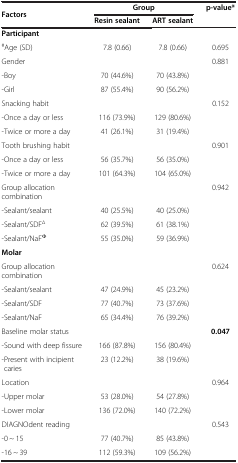
<table><thead><tr><td><b>Factors</b></td><td colspan="2"><b>Group</b></td><td><b>p-value*</b></td></tr><tr><td><b> </b></td><td><b>Resin sealant</b></td><td><b>ART sealant</b></td><td><b> </b></td></tr></thead><tbody><tr><td><b>Participant</b></td><td> </td><td> </td><td> </td></tr><tr><td><sup>#</sup>Age (SD)</td><td>7.8 (0.66)</td><td>7.8 (0.66)</td><td>0.695</td></tr><tr><td>Gender</td><td> </td><td> </td><td>0.881</td></tr><tr><td>-Boy</td><td>70 (44.6%)</td><td>70 (43.8%)</td><td> </td></tr><tr><td>-Girl</td><td>87 (55.4%)</td><td>90 (56.2%)</td><td> </td></tr><tr><td>Snacking habit</td><td> </td><td> </td><td>0.152</td></tr><tr><td>-Once a day or less</td><td>116 (73.9%)</td><td>129 (80.6%)</td><td> </td></tr><tr><td>-Twice or more a day</td><td>41 (26.1%)</td><td>31 (19.4%)</td><td> </td></tr><tr><td>Tooth brushing habit</td><td> </td><td> </td><td>0.901</td></tr><tr><td>-Once a day or less</td><td>56 (35.7%)</td><td>56 (35.0%)</td><td> </td></tr><tr><td>-Twice or more a day</td><td>101 (64.3%)</td><td>104 (65.0%)</td><td> </td></tr><tr><td>Group allocation combination</td><td> </td><td> </td><td>0.942</td></tr><tr><td>-Sealant/sealant</td><td>40 (25.5%)</td><td>40 (25.0%)</td><td> </td></tr><tr><td>-Sealant/SDF<sup>∆</sup></td><td>62 (39.5%)</td><td>61 (38.1%)</td><td> </td></tr><tr><td>-Sealant/NaF<sup>Φ</sup></td><td>55 (35.0%)</td><td>59 (36.9%)</td><td> </td></tr><tr><td><b>Molar</b></td><td> </td><td> </td><td> </td></tr><tr><td>Group allocation combination</td><td> </td><td> </td><td>0.624</td></tr><tr><td>-Sealant/sealant</td><td>47 (24.9%)</td><td>45 (23.2%)</td><td> </td></tr><tr><td>-Sealant/SDF</td><td>77 (40.7%)</td><td>73 (37.6%)</td><td> </td></tr><tr><td>-Sealant/NaF</td><td>65 (34.4%)</td><td>76 (39.2%)</td><td> </td></tr><tr><td>Baseline molar status</td><td> </td><td> </td><td><b>0.047</b></td></tr><tr><td>-Sound with deep fissure</td><td>166 (87.8%)</td><td>156 (80.4%)</td><td> </td></tr><tr><td>-Present with incipient caries</td><td>23 (12.2%)</td><td>38 (19.6%)</td><td> </td></tr><tr><td>Location</td><td> </td><td> </td><td>0.964</td></tr><tr><td>-Upper molar</td><td>53 (28.0%)</td><td>54 (27.8%)</td><td> </td></tr><tr><td>-Lower molar</td><td>136 (72.0%)</td><td>140 (72.2%)</td><td> </td></tr><tr><td>DIAGNOdent reading</td><td> </td><td> </td><td>0.543</td></tr><tr><td>-0 ~ 15</td><td>77 (40.7%)</td><td>85 (43.8%)</td><td> </td></tr><tr><td>-16 ~ 39</td><td>112 (59.3%)</td><td>109 (56.2%)</td><td> </td></tr></tbody></table>